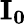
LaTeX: \mathbf{I_{0}}